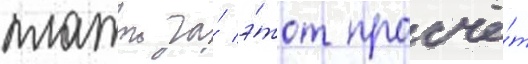
платои за́ э́тот просчё́т